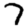
Digit: 7